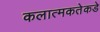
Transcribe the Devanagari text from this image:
कलात्मकतेकडे